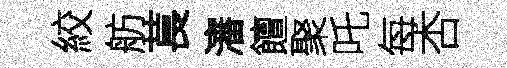
絞舫萇瀋饘聚吒每杏